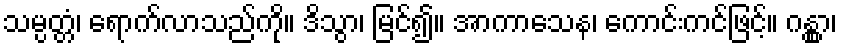
သမ္ပတ္တံ၊ ရောက်လာသည်ကို။ ဒိသွာ၊ မြင်၍။ အာကာသေန၊ ကောင်းကင်ဖြင့်။ ဂန္တွာ၊